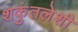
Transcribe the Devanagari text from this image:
शकुंतलेशी